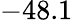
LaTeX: -48.1